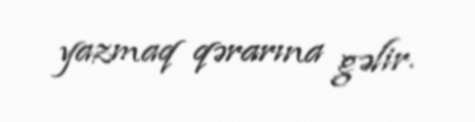
yazmaq qərarına gəlir.